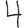
Digit: 4